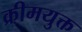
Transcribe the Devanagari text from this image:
क्रीमयुक्त